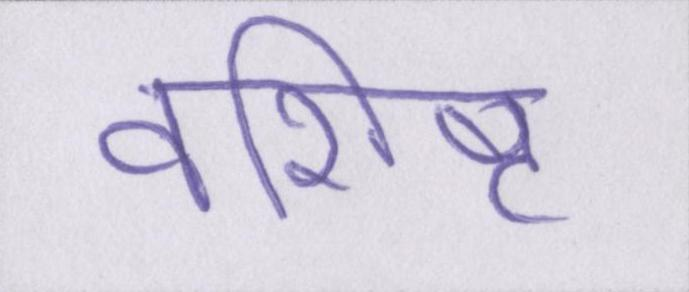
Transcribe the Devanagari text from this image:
वशिष्ट